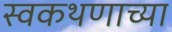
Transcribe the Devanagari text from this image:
स्वकथणाच्या